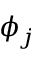
\phi _ { j }